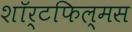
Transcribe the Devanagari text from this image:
शॉर्टफिल्मस